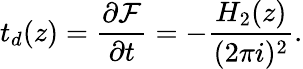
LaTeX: t_{d}(z)=\frac{\partial{\cal F}}{\partial t}=-\frac{H_{2}(z)}{(2\pi i)^{2}}.